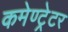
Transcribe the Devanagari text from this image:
कमेण्ट्रेटर